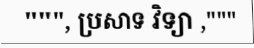
""", ប្រសាទ វិទ្យា ,"""